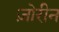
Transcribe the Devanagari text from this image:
ज़ोरीन